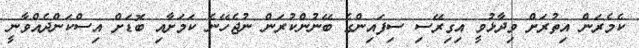
ކެމެރަން އިތުރަށް ވިދާޅުވީ އިގިރޭސި ސިފައިންގެ ބޭނުންކުރަން ނުޖެހޭނެ ކަމަށާއި ބޮޑަށް އިސްކަންދެއްވާނީ